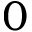
0